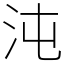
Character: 沌